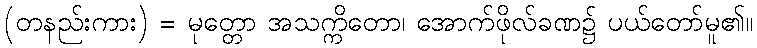
(တနည်းကား) = မုတ္တော အသက္ကိတော၊ အောက်ဖိုလ်ခဏ၌ ပယ်တော်မူ၏။